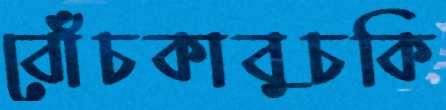
বোঁচকাবুচকি